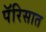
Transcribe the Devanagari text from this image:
पॅरिसात